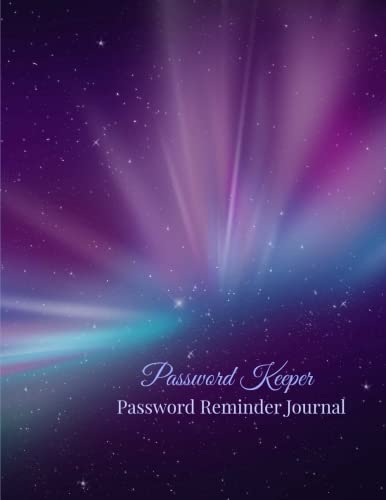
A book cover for Password Keeper: Password Reminder Journal (Extra Large Password Journals-More Room to Write) (Volume 12); Creative Journals and Planners; Business & Money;